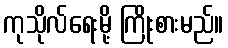
ကုသိုလ်ရေးမို့ ကြိုးစားမည်။